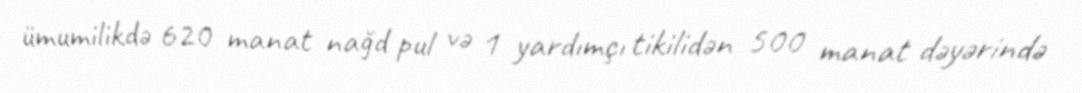
ümumilikdə 620 manat nağd pul və 1 yardımçı tikilidən 500 manat dəyərində